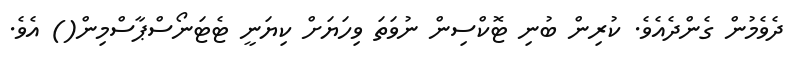
ދެވެމުން ގެންދެއެވެ. ކުރިން ބުނި ޓޮކްސިން ނުވަތަ ވިހަޔަށް ކިޔަނީ ޓެޓަނޯސްޕާސްމިން() އެވެ.